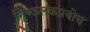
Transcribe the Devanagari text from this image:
निष्कलंकप्रबोध